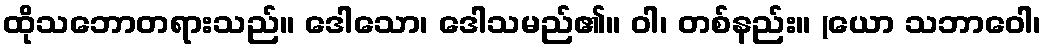
ထိုသဘောတရားသည်။ ဒေါသော၊ ဒေါသမည်၏။ ဝါ၊ တစ်နည်း။ (ယော သဘာဝေါ၊